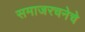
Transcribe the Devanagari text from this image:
समाजरचनेचे